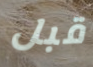
قبل